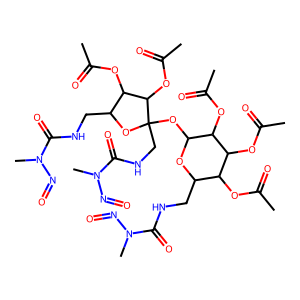
SMILES: CC(=O)OC1C(CNC(=O)N(C)N=O)OC(OC2(CNC(=O)N(C)N=O)OC(CNC(=O)N(C)N=O)C(OC(C)=O)C2OC(C)=O)C(OC(C)=O)C1OC(C)=O
Inhibits HIV replication: No